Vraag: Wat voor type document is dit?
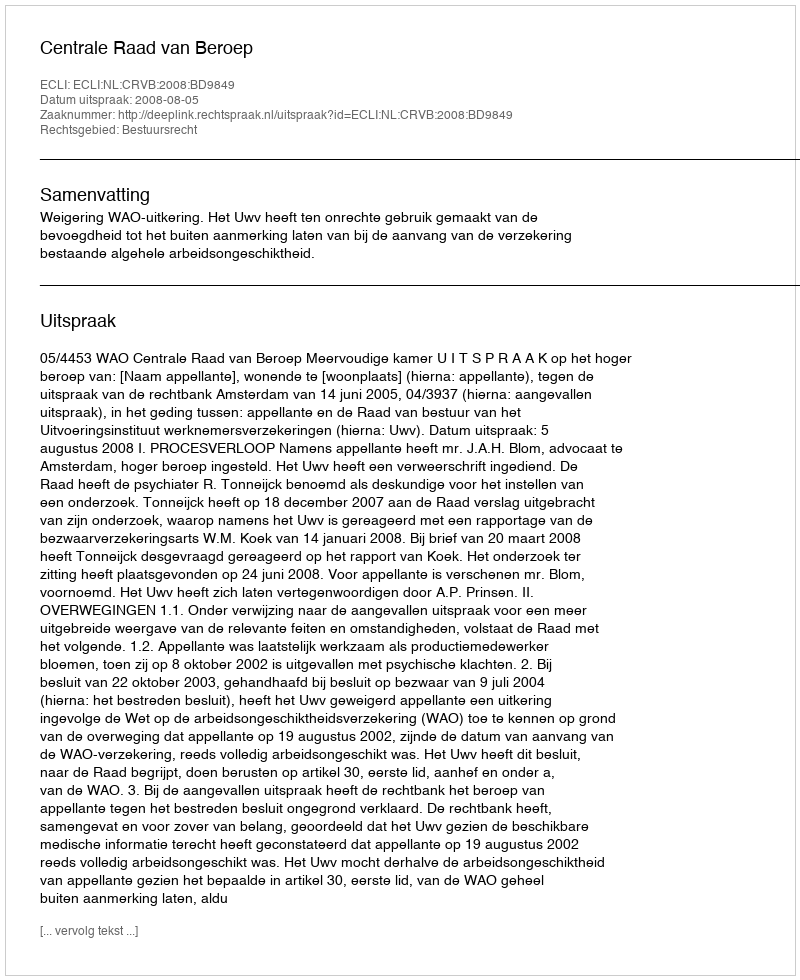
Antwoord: Uitspraak